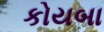
કોયબા